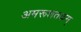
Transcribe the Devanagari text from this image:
अमरूशतकम्